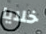
خلايا